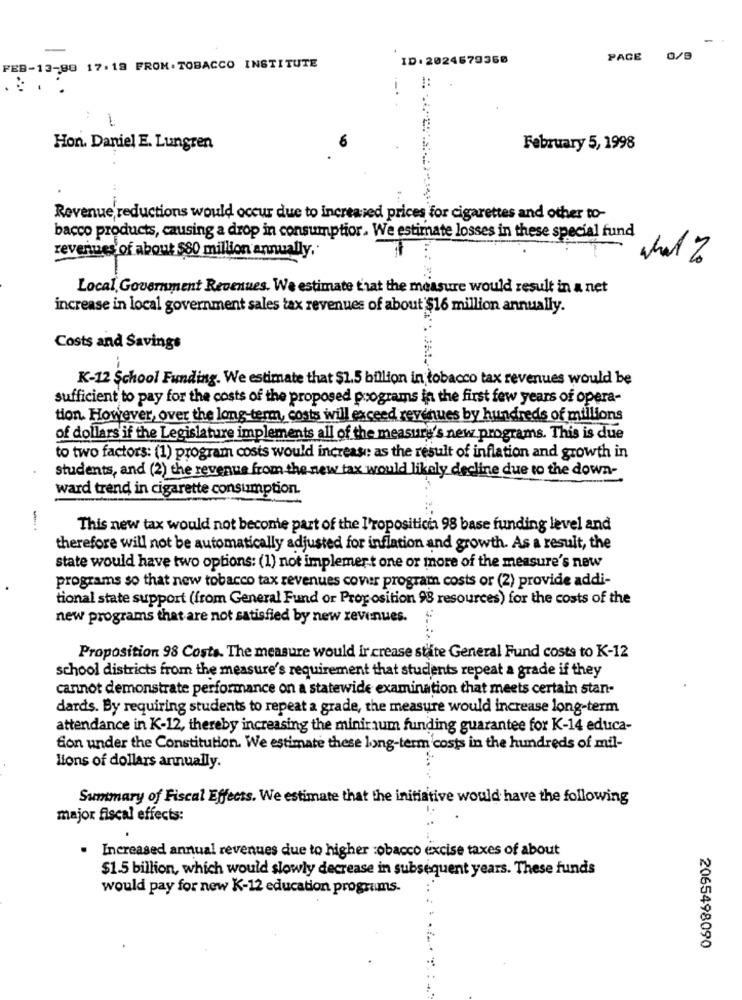
ID: 2024679360
PAGE
0/9
FEB-13-88 17:19 FROM.TOBACCO INSTITUTE
!:
Hon. Daniel E. Lungren
February 5, 1998
Revenue reductions would occur due to increased prices for cigarettes and other to-
bacco products, causing a drop in consumptior. We estimate losses in these special fund
revenues of about $80 million annually,
Local Government Revenues. We estimate t'rat the measure would result in a net
increase in local government sales tax revenues of about $16 million annually.
Costs and Savings
K-12 School Funding. We estimate that $1.5 billion in tobacco tax revenues would be
sufficient to pay for the costs of the proposed programs in the first few years of opera-
tion. However, over the long-term, costs will exceed revenues by hundreds of millions
of dollars if the Legislature implements all of the measure's new programs. This is due
to two factors: (1) program costs would increase: as the result of inflation and growth in
students, and (2) the revenue from the new tax would likely decline due to the down-
ward trend in cigarette consumption.
This new tax would not become part of the l'ropositici 98 base funding level and
therefore will not be automatically adjusted for inflation and growth. As a result, the
state would have two options: (1) not implemert one or more of the measure's new
programs so that new tobacco tax revenues cover program costs or (2) provide addi-
tional state support (from General Fund or Proposition 98 resources) for the costs of the
new programs that are not satisfied by new revenues.
Proposition 98 Costs. The measure would ir crease state General Fund costs to K-12
school districts from the measure's requirement that students repeat a grade if they
cannot demonstrate performance on a statewide examination that meets certain stan-
dards. By requiring students to repeat a grade, the measure would increase long-term
attendance in K-12, thereby increasing the miniraum funding guarantee for K-14 educa-
fon under the Constitution. We estimate these long-term costs in the hundreds of mil-
lions of dollars annually.
Summary of Fiscal Effects. We estimate that the initiative would have the following
major fiscal effects:
· Increased annual revenues due to higher :obacco excise taxes of about
$1.5 billion, which would slowly decrease in subsequent years. These funds
would pay for new K-12 education programs.
2065498090